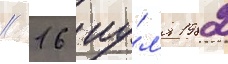
// 16 иу́л'я 1982